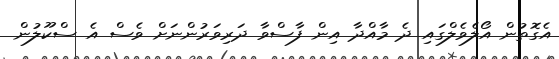
އެގޮތުން އޯލެވެލްގައި ދެ މާއްދާ އިން ފާސްވާ ދަރިވަރުންނަށް ވެސް އެ ސްކޫލުން